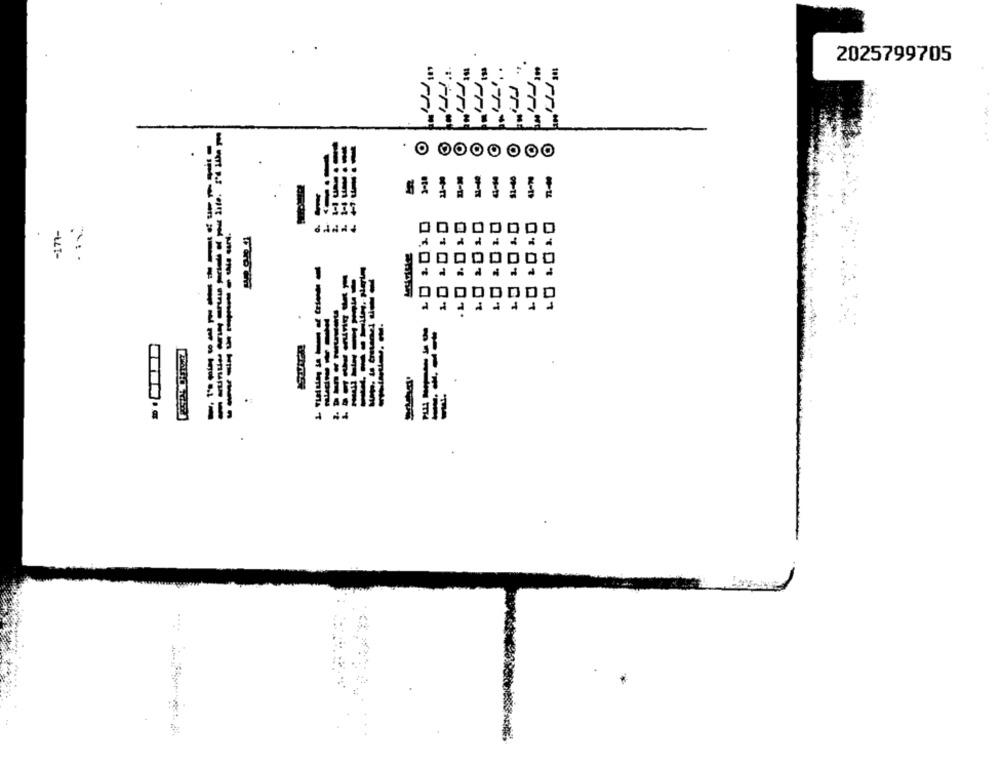
2025799705
.
-LI -
1000
----
---------